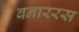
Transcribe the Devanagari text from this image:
बनाररस